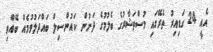
އެއީ 24 ގަޑިއިރު ތެރޭގައި މުސްތަޝާރުގެ ބެލުމުގެ ދަށުން ކައުންސިލް ބައްދަލުވުމެއް ބޭއްވި